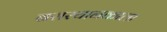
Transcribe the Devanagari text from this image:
बसस्थानकाला